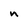
Character: n